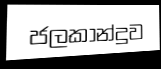
ජලකාන්දුව